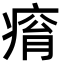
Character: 𤷥